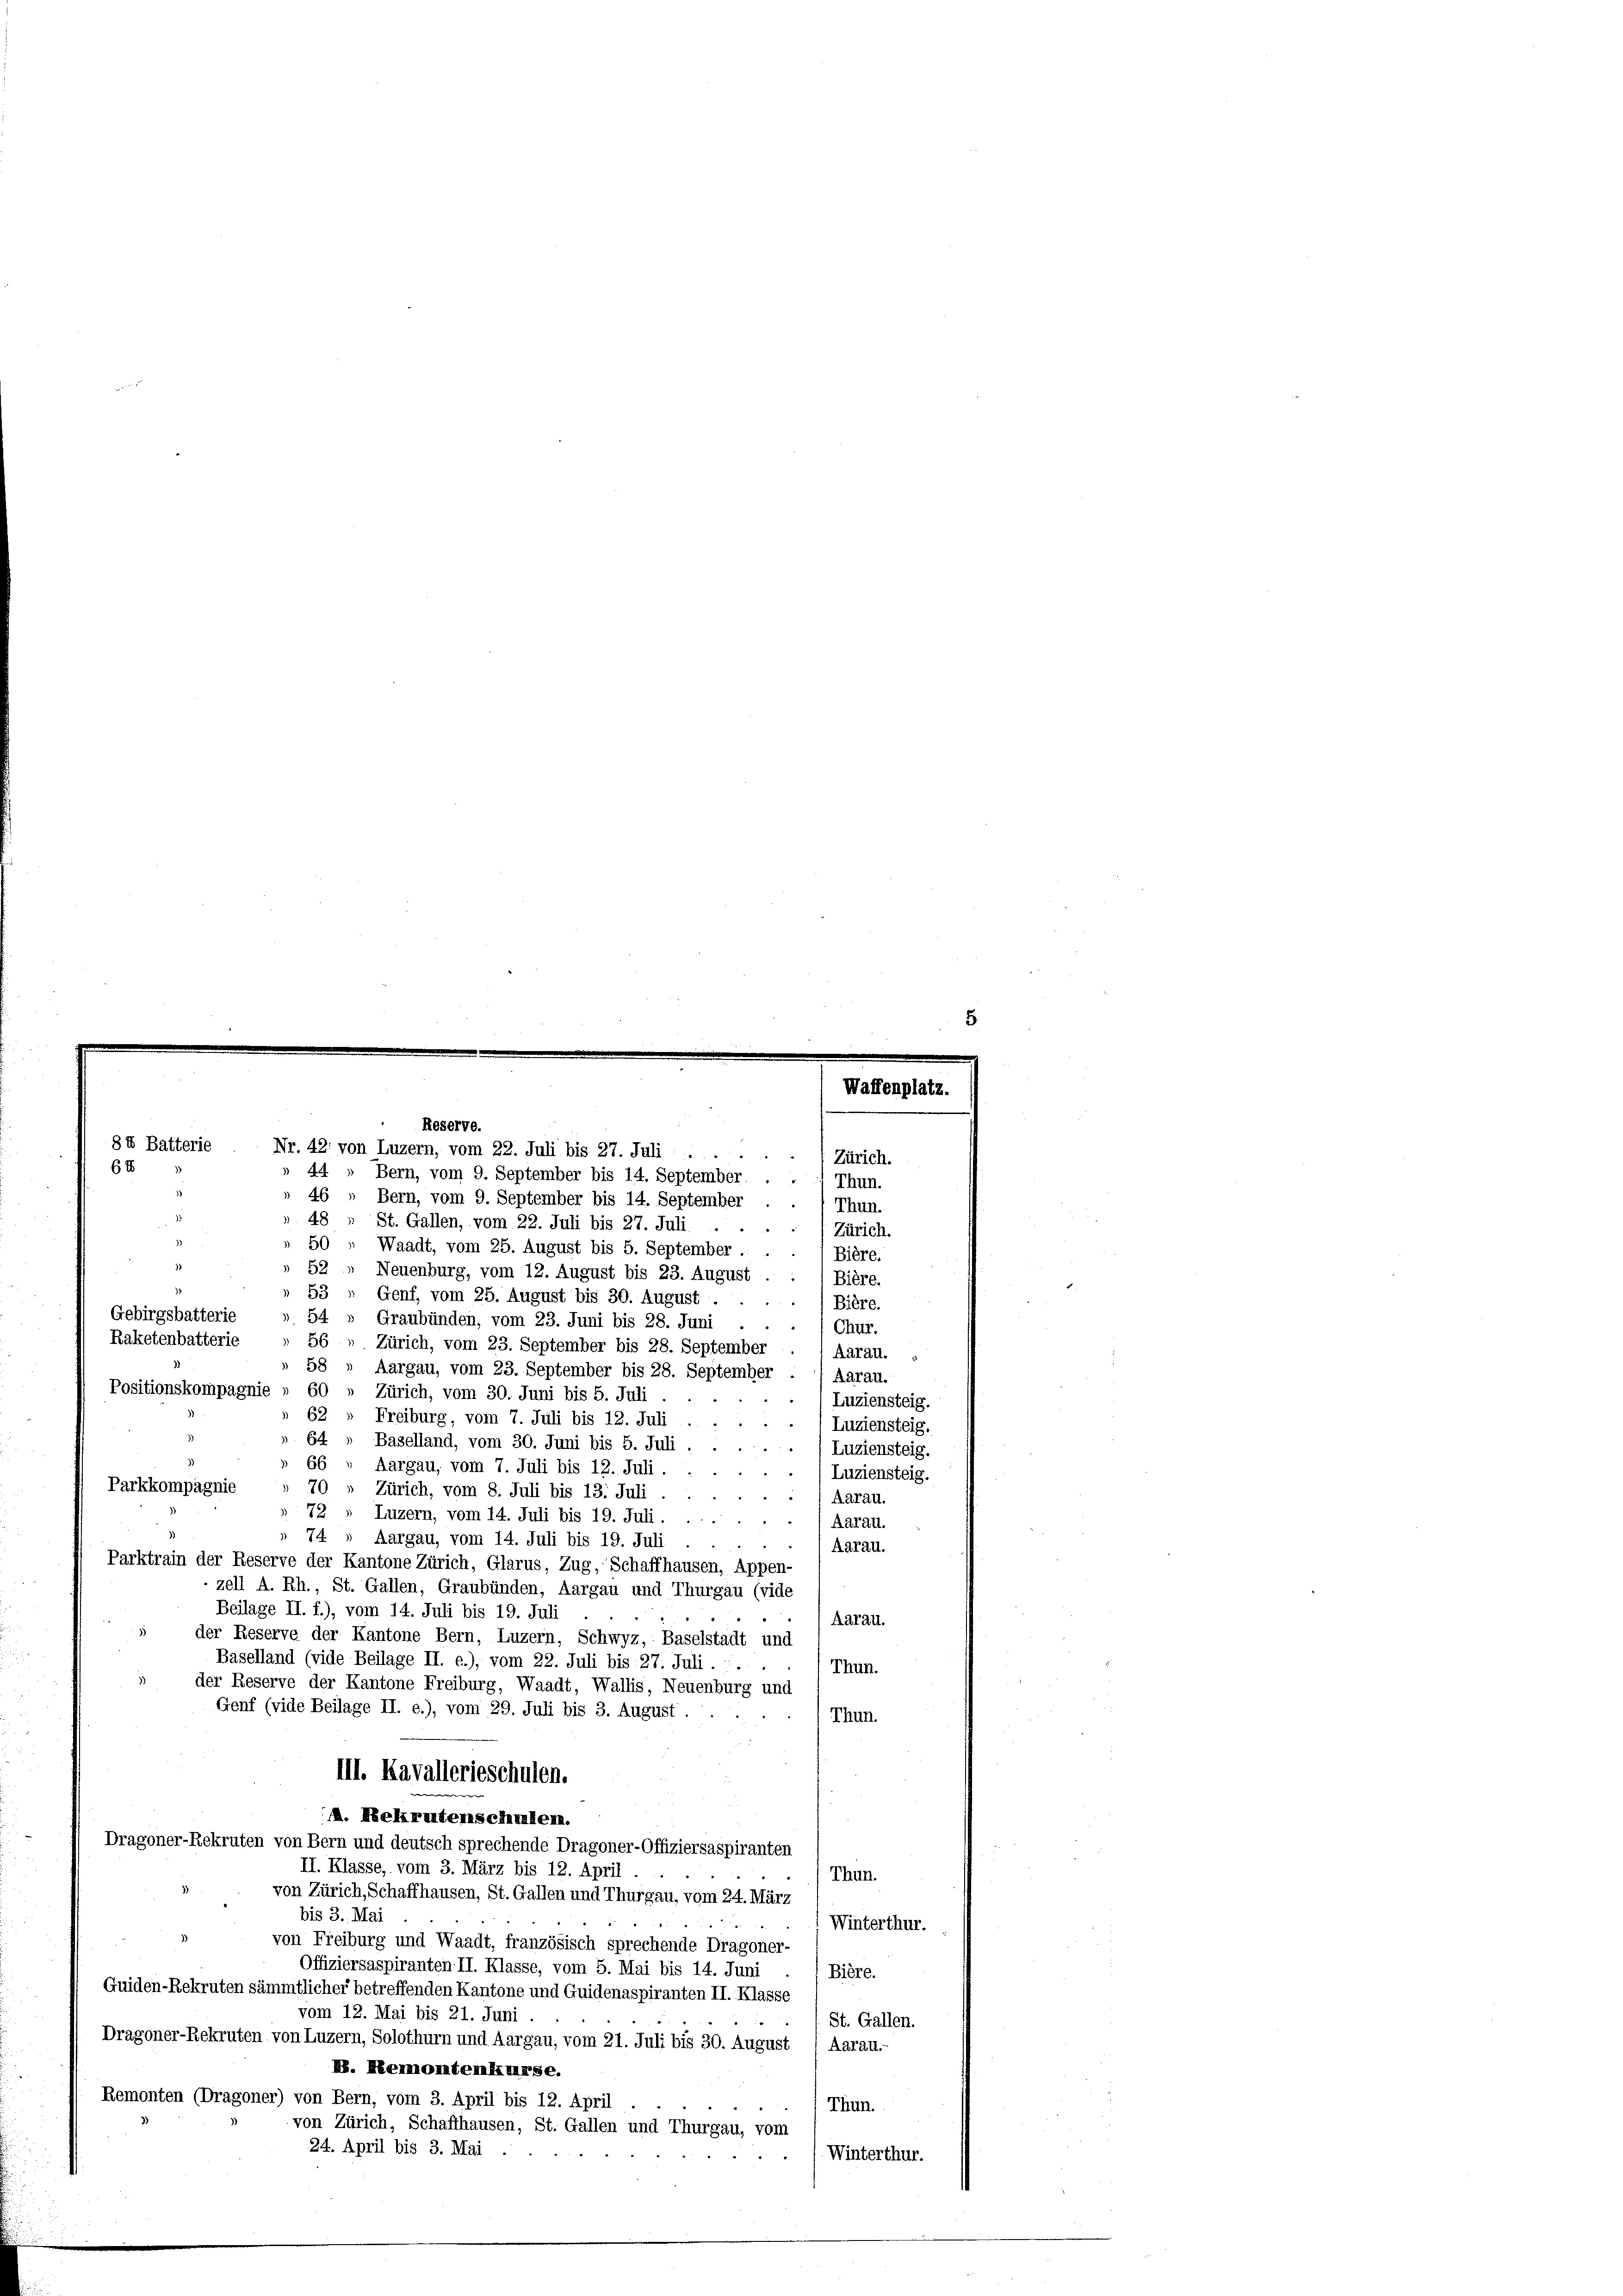
8 4 Batterie
64

Zürich.
Thun.
46 „ Bern, vom 9. September bis 14. September
Thun.
48
St. Gallen, vom 22. Juli bis 27. Juli
Zürich.
50 " Waadt, vom 25. August bis 5. September.
Bière.
52, Neuenburg, vom 12. August bis 23. August.
Bière.
53 " Genf, vom 25. August bis 30. August.
Bière.
Gebirgsbatterie
54
Graubünden, vom 23. Juni bis 28. Juni
Chur.
Raketenbatterie
56 „ Zürich, vom 23. September bis 28. September
Aarau.
58 » Aargau, vom 23. September bis 28. September
Aarau.
Positionskompagnie » 60 » Zürich, vom 30. Juni bis 5. Juli
Luziensteig.
62
Freiburg, vom 7. Juli bis 12. Juli
Luziensteig.
64
Baselland, vom 30. Juni bis 5. Juli.
Luziensteig.
56
Aargau, vom 7. Juli bis 12. Juli.
Luziensteig.
Parkkompagnie
70 " Zürich, vom 8. Juli bis 13. Juli
Aarau.
72
Luzern, vom 14. Juli bis 19. Juli
Aarau.
74 » Aargau, vom 14. Juli bis 19. Juli
Aarau.
Parktrain der Reserve der Kantone Zürich, Glarus, Zug, Schaffhausen, Appen-
zell A. Rh., St. Gallen, Graubünden, Aargau und Thurgau (vide
Beilage II. f.), vom 14. Juli bis 19. Juli
Aarau.
der Reserve der Kantone Bern, Luzern, Schwyz, Baselstadt und
Baselland (vide Beilage II. e.), vom 22. Juli bis 27. Juli . .
Thun.
der Reserve der Kantone Freiburg, Waadt, Wallis, Neuenburg und
Genf (vide Beilage II. e.), vom 29. Juli bis 3. August.
Thun.
III. Kavallerieschulen.
M. Nekretenschulen.
Dragoner-Rekruten von Bern und deutsch sprechende Dragoner-Offiziersaspiranten
II. Klasse, vom 3. März bis 12. April
Thun.
von Zürich, Schaffhausen, St. Gallen und Thurgau, vom 24. März
bis 3. Mai
Winterthur.
von Freiburg und Waadt, französisch sprechende Dragoner-
Offiziersaspiranten II. Klasse, vom 5. Mai bis 14. Juni
Bière.
Guiden-Rekruten sämmtlicher betreffenden Kantone und Guidenaspiranten II. Klasse
vom 12. Mai bis 21. Juni.
St. Gallen.
Dragoner-Rekruten von Luzern, Solothurn und Aargau, vom 21. Juli bis 30. August
Aarau-
F. Heumontenkurse.
Remonten (Dragoner) von Bern, vom 3. April bis 12. April
Thun.
von Zürich, Schaffhausen, St. Gallen und Thurgau, vom
24. April bis 3. Mai
Winterthur.

Reserve.
Nr. 42, von Luzern, vom 22. Juli bis 27. Juli
44 " Bern, vom 9. September bis 14. September.

12.